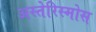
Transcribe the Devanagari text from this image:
अस्तेरिस्मोस